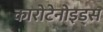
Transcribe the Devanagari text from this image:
कारोटेनोइड्स